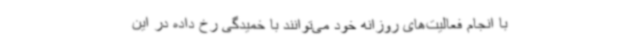
با انجام فعالیت‌های روزانه خود می‌توانند با خمیدگی رخ داده در این